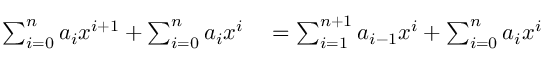
\begin{array} { r l } { \sum _ { i = 0 } ^ { n } a _ { i } x ^ { i + 1 } + \sum _ { i = 0 } ^ { n } a _ { i } x ^ { i } } & { { } = \sum _ { i = 1 } ^ { n + 1 } a _ { i - 1 } x ^ { i } + \sum _ { i = 0 } ^ { n } a _ { i } x ^ { i } } \end{array}